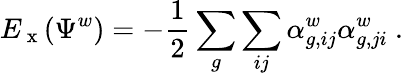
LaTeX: E_{\mathrm{~x~}}(\Psi^{w})=-\frac{1}{2}\sum_{g}\sum_{ij}\alpha_{g,ij}^{w}\alpha_{g,ji}^{w}~.